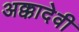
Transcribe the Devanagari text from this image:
अक्कादेवी